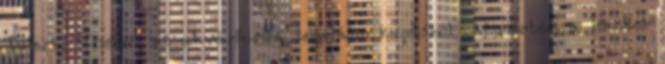
Tylert. Viszont az akváriumra legalább kapásból ráismertem a hacker